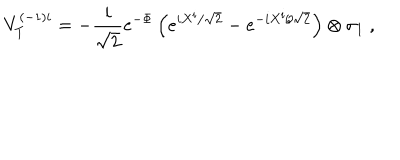
V _ { T } ^ { ( - 1 ) i } = - \frac { i } { \sqrt { 2 } } e ^ { - \Phi } \left( e ^ { i X ^ { i } / \sqrt { 2 } } - e ^ { - i X ^ { i } / \sqrt { 2 } } \right) \otimes \sigma _ { 1 } \ ,